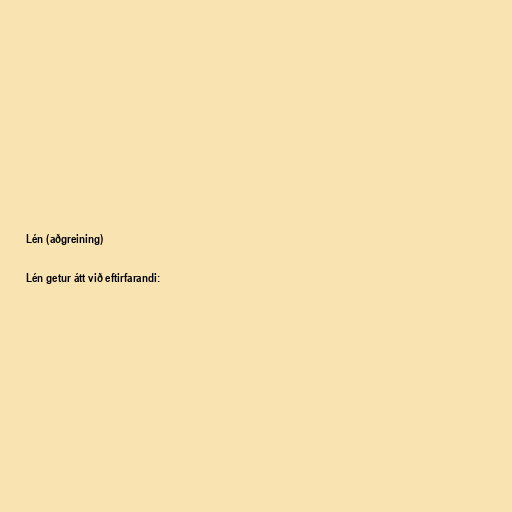
Lén (aðgreining)

Lén getur átt við eftirfarandi: